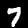
Label: 7